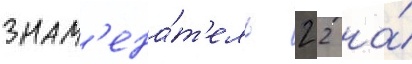
знам'ена́т'ель 2 2 на́